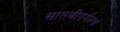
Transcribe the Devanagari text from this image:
सातवीपर्यंतचं